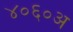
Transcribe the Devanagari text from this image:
४०६०अ